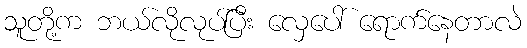
သူတို့က ဘယ်လိုလုပ်ပြီး လှေပေါ် ရောက်နေတာလဲ